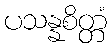
ပသန္နစိတ္တံ